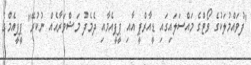
"ފުވައްމުލަކުގެ ވޯޓްގެ މައްސަލައިގައި ޑީއާރްޕީ އާއި ޕީޕީއެމާއި ދެމެދު މަޝްވަރާއެއް ނުކުރޭ" ޕީޕީއެމްގެ